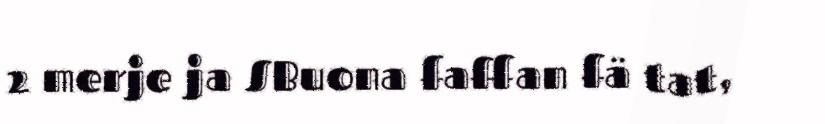
2 merje ja SBuona faffan fä tat,